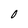
Character: 0